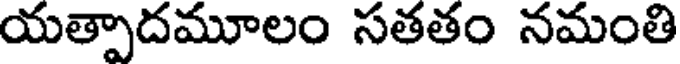
యత్పాదమూలం సతతం నమంతి